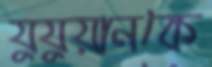
যুযুয়ানকে